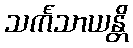
သင်္ကသာယန္တိ